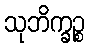
သုဘိက္ခဉ္စ